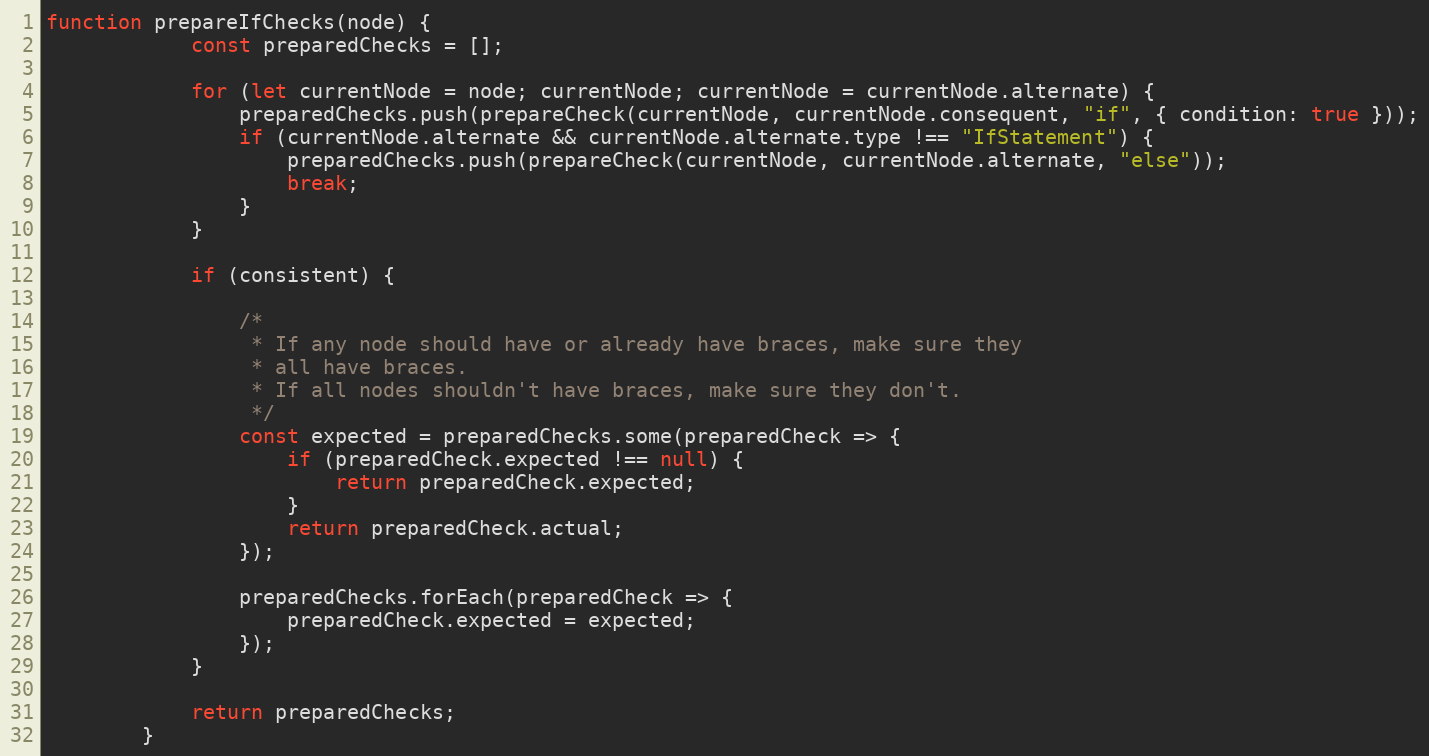
Language: JavaScript
function prepareIfChecks(node) {
            const preparedChecks = [];

            for (let currentNode = node; currentNode; currentNode = currentNode.alternate) {
                preparedChecks.push(prepareCheck(currentNode, currentNode.consequent, "if", { condition: true }));
                if (currentNode.alternate && currentNode.alternate.type !== "IfStatement") {
                    preparedChecks.push(prepareCheck(currentNode, currentNode.alternate, "else"));
                    break;
                }
            }

            if (consistent) {

                /*
                 * If any node should have or already have braces, make sure they
                 * all have braces.
                 * If all nodes shouldn't have braces, make sure they don't.
                 */
                const expected = preparedChecks.some(preparedCheck => {
                    if (preparedCheck.expected !== null) {
                        return preparedCheck.expected;
                    }
                    return preparedCheck.actual;
                });

                preparedChecks.forEach(preparedCheck => {
                    preparedCheck.expected = expected;
                });
            }

            return preparedChecks;
        }